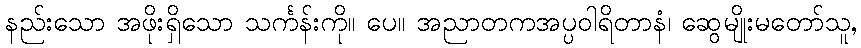
နည်းသော အဖိုးရှိသော သင်္ကန်းကို။ ပေ။ အညာတကအပ္ပဝါရိတာနံ၊ ဆွေမျိုးမတော်သူ,